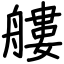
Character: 艛